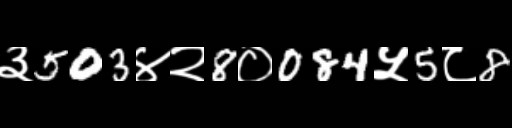
Text: ३503४२8०084५5८8